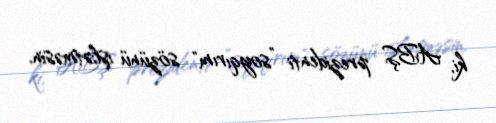
ki, ABŞ prezidenti ”soyqırım" sözünü işlətməsin.